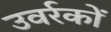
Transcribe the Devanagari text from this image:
उवर्रकों